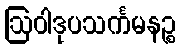
ဩဝါဒုပသင်္ကမနဉ္စ